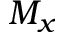
M _ { x }